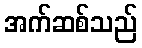
အက်ဆစ်သည်